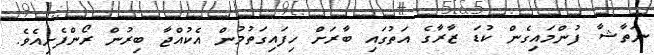
ނަތާޝާ ފުންމައިގެން ކުޑަ ޒާރާގެ އަތުގައި ބާރަށް ހިފައިގަތުމުން އެކުއްޖާ ބިރުން ރޯންފެށިއެވެ.